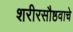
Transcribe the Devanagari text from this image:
शरीरसौष्ठवाचे